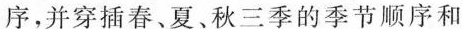
序，并穿插春、夏、秋三季的季节顺序和